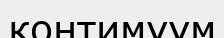
контимуум